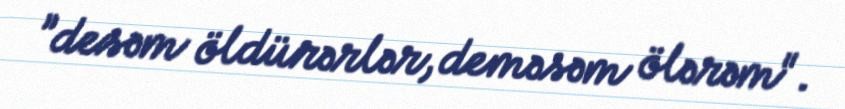
”desəm öldürərlər, deməsəm ölərəm".